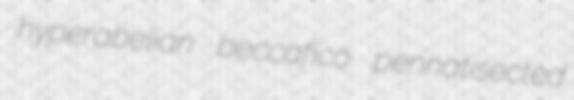
hyperabelian beccafico pennatisected